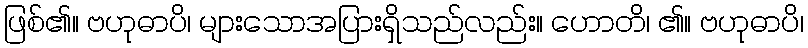
ဖြစ်၏။ ဗဟုဓာပိ၊ များသောအပြားရှိသည်လည်း။ ဟောတိ၊ ၏။ ဗဟုဓာပိ၊